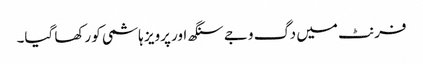
فرنٹ میں دگ وجے سنگھ اور پرویز ہاشمی کو رکھا گیا۔